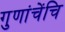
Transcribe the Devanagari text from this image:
गुणांचेंचि